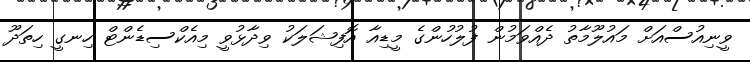
ވީނިއުސްއަށް މައުލޫމާތު ދެއްވަމުން ފުލުހުންގެ މީޑިއާ އޮފިޝަލަކު ވިދާޅުވީ މިއެކްސިޑެންޓް ހިނގީ ހިތަދޫ